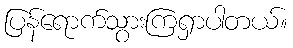
ပြန်ရောက်သွားကြရှာပါတယ်။